Laidoner,_Johan, lk 134
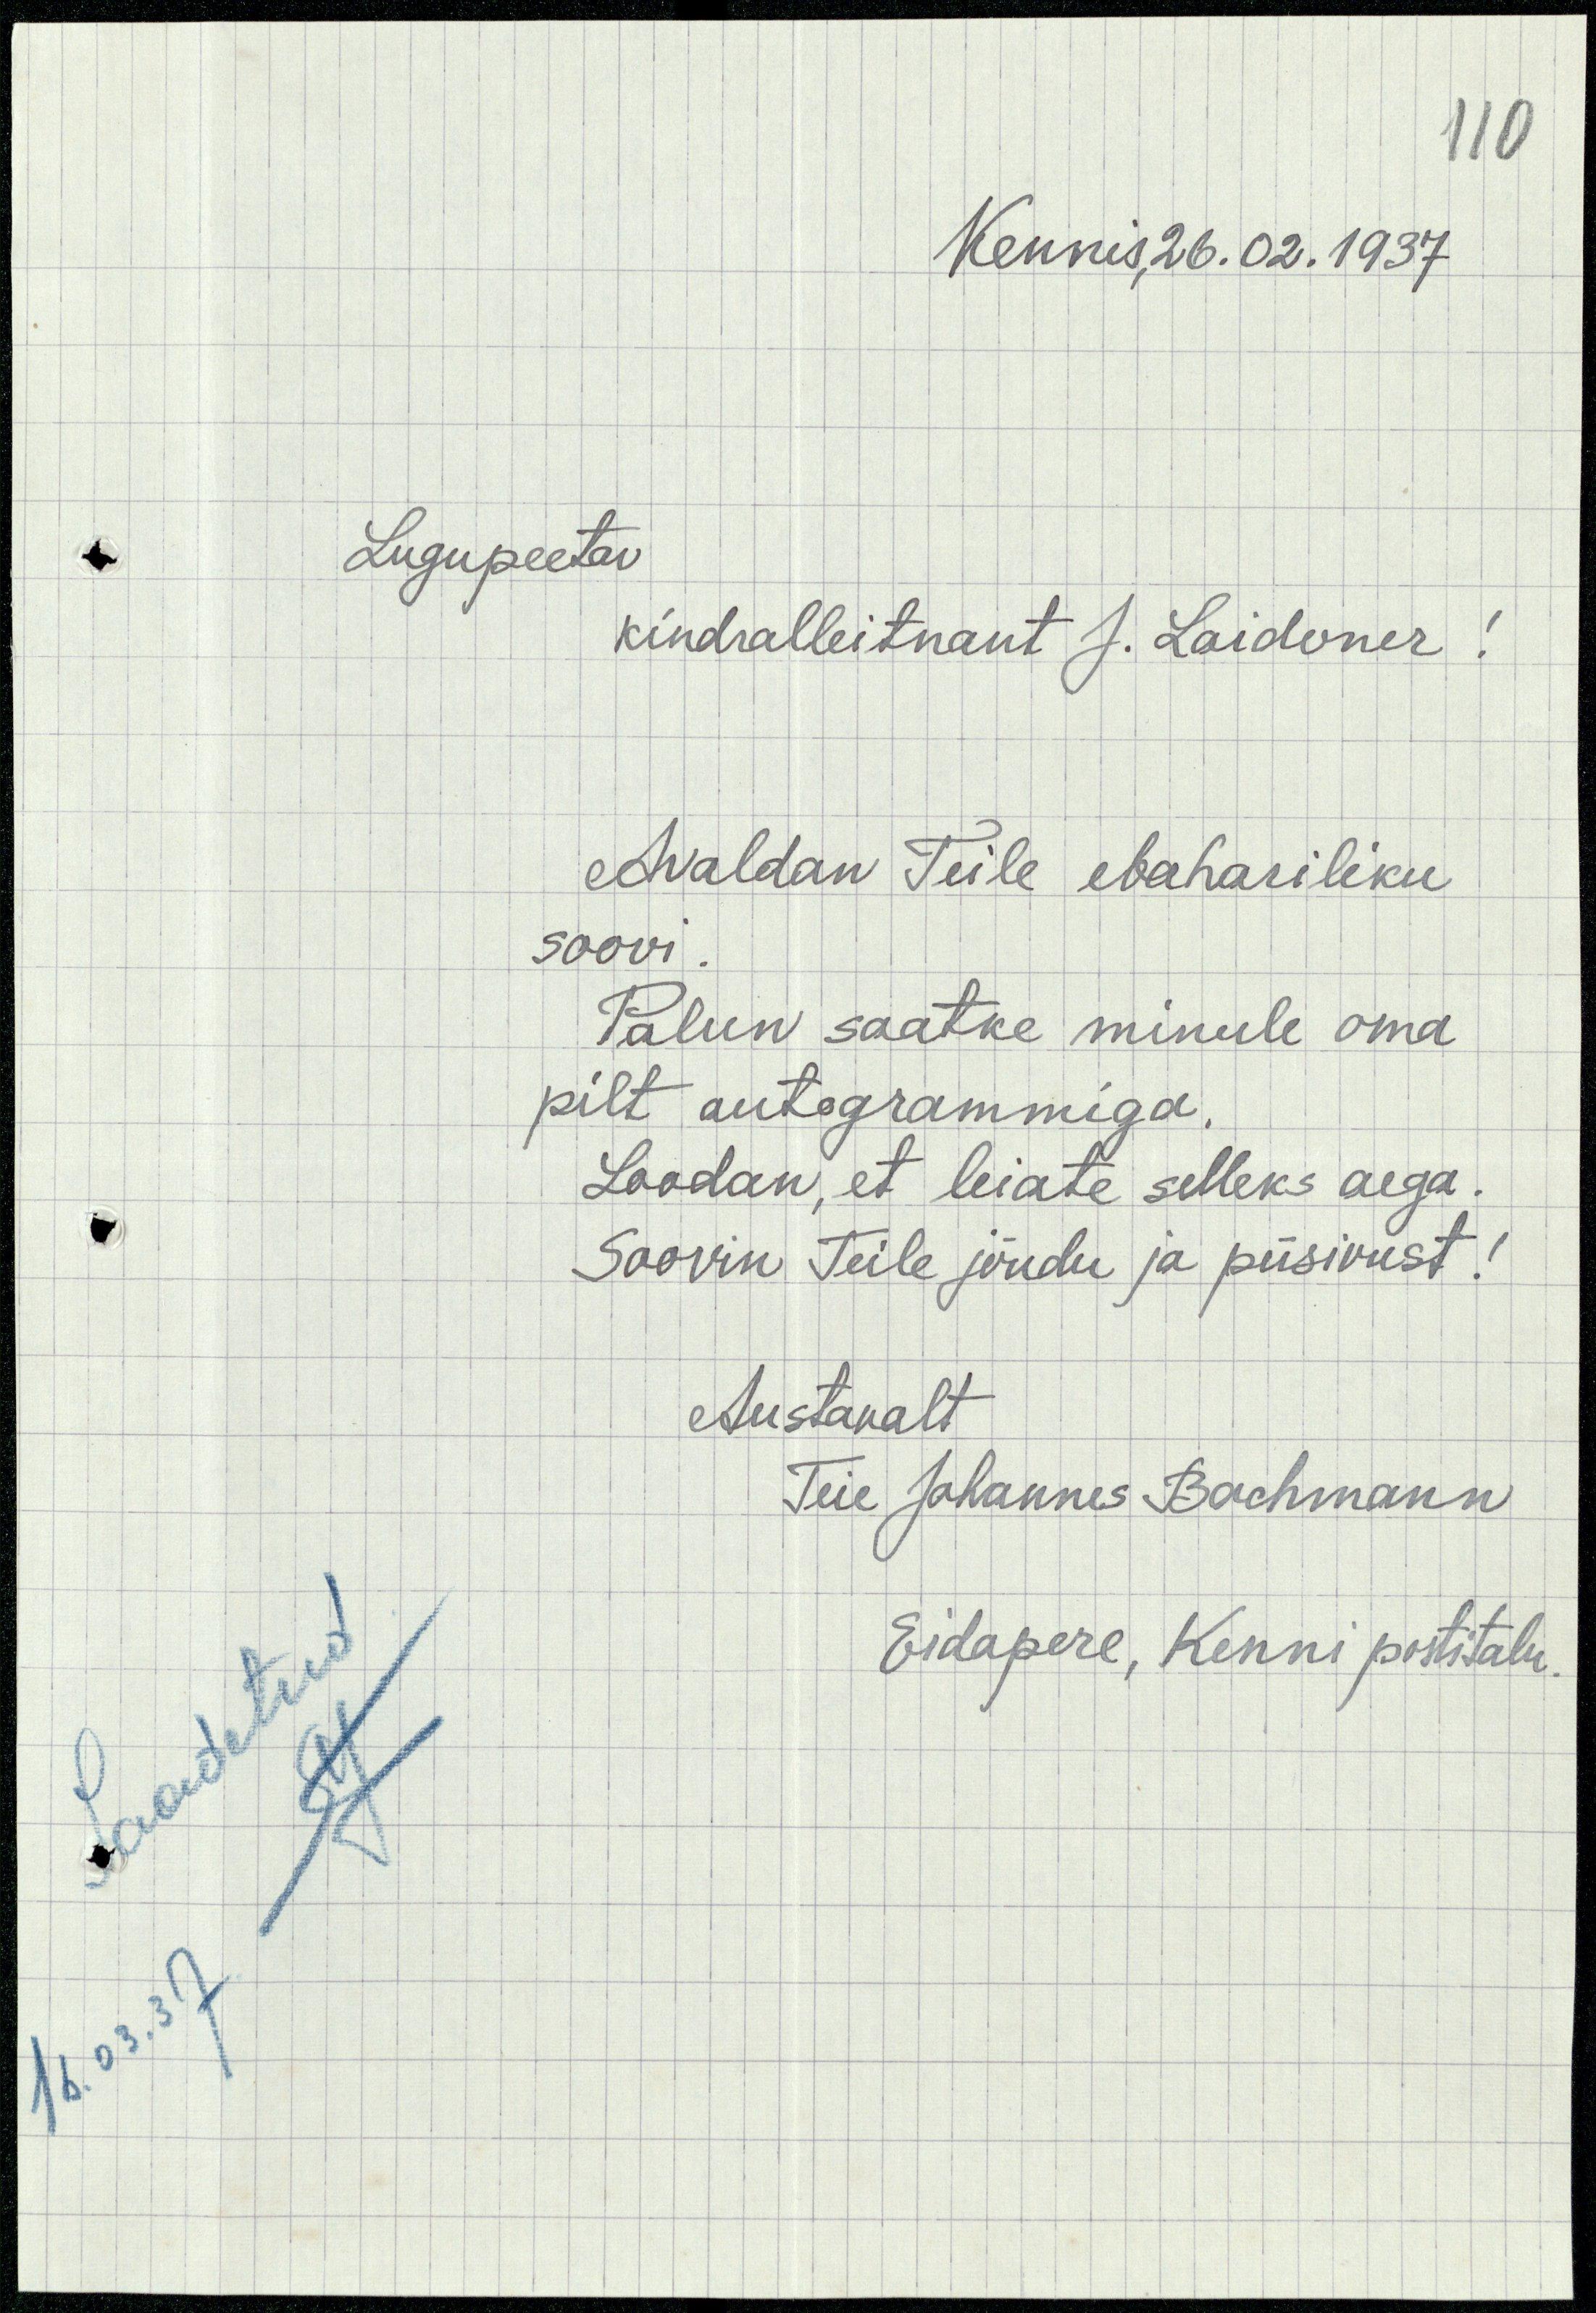
110
Kennis, 26.02.1937
Lugupeetav
kindralleitnant J. Laidoner!
Avaldan Teile ebahariliku
soovi.
Palun saatke minule oma
pilt autogrammiga.
Loodan, et leiate selleks aega.
Soovin Teile jõudu ja püsivust!
Austavalt
Teie Johannes Bachmann
Eidapere, Kenni postitalu
Saadetud
16.03.37